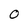
Character: 0